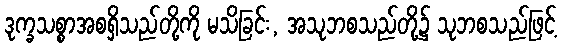
ဒုက္ခသစ္စာအစရှိသည်တို့ကို မသိခြင်း, အသုဘစသည်တို့၌ သုဘစသည်ဖြင့်